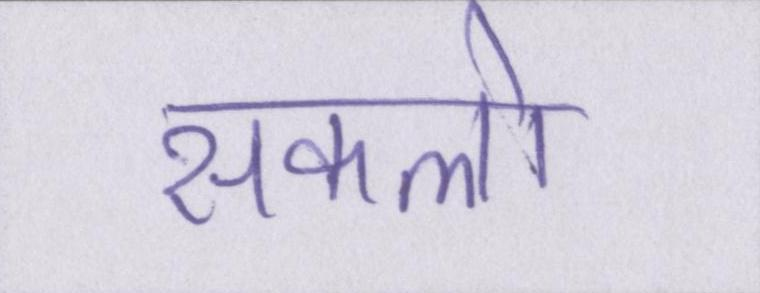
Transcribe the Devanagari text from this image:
सकलो